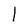
Character: l